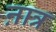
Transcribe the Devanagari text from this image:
ऩात्र